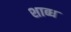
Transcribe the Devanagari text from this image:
शाब्ध